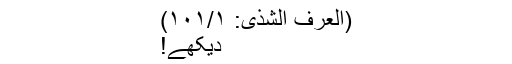
(العرف الشذی: ۱۰۱/۱)
دیکھے!